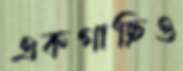
একগাছিও